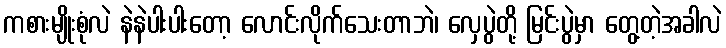
ကစားမျိုးစုံလဲ နဲနဲပါးပါးတော့ လောင်းလိုက်သေးတာဘဲ၊ လှေပွဲတို့ မြင်းပွဲမှာ တွေ့တဲ့အခါလဲ